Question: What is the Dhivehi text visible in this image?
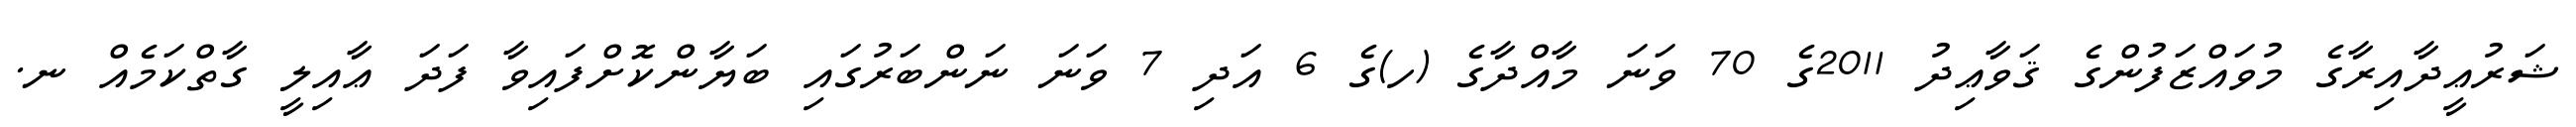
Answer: ޝަރުޢީދާއިރާގެ މުވައްޒަފުންގެ ޤަވާޢިދު 2011ގެ 70 ވަނަ މާއްދާގެ (ހ)ގެ 6 އަދި 7 ވަނަ ނަންބަރުގައި ބަޔާންކޮށްފައިވާ ފަދަ ޢާއިލީ ގާތްކަމެއް ނ.